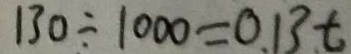
1 3 0 \div 1 0 0 0 = 0 . 1 3 t